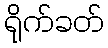
ရိုက်ခတ်